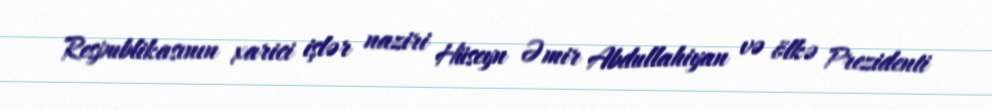
Respublikasının xarici işlər naziri Hüseyn Əmir Abdullahiyan və ölkə Prezidenti